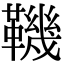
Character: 鞿